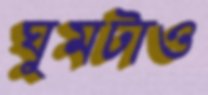
ঘুমটাও